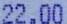
22.00